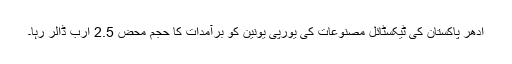
اُدھر پاکستان کی ٹیکسٹائل مصنوعات کی یورپی یونین کو برآمدات کا حجم محض 2.5 ارب ڈالر رہا۔